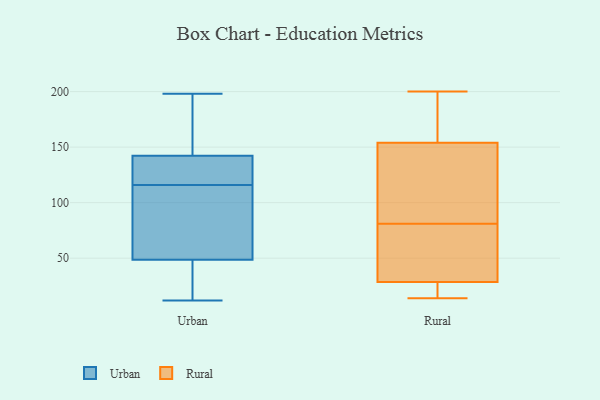
{"axis": {"x": "Satisfaction Score", "y": "Value"}, "legend": ["Rural", "Urban"], "data": [{"x": "", "y": 39, "type": "Urban"}, {"x": "", "y": 113, "type": "Urban"}, {"x": "", "y": 116, "type": "Urban"}, {"x": "", "y": 120, "type": "Urban"}, {"x": "", "y": 12, "type": "Urban"}, {"x": "", "y": 198, "type": "Urban"}, {"x": "", "y": 25, "type": "Urban"}, {"x": "", "y": 102, "type": "Urban"}, {"x": "", "y": 51, "type": "Urban"}, {"x": "", "y": 136, "type": "Urban"}, {"x": "", "y": 72, "type": "Urban"}, {"x": "", "y": 41, "type": "Urban"}, {"x": "", "y": 198, "type": "Urban"}, {"x": "", "y": 140, "type": "Urban"}, {"x": "", "y": 117, "type": "Urban"}, {"x": "", "y": 196, "type": "Urban"}, {"x": "", "y": 149, "type": "Urban"}, {"x": "", "y": 67, "type": "Rural"}, {"x": "", "y": 35, "type": "Rural"}, {"x": "", "y": 78, "type": "Rural"}, {"x": "", "y": 114, "type": "Rural"}, {"x": "", "y": 130, "type": "Rural"}, {"x": "", "y": 14, "type": "Rural"}, {"x": "", "y": 51, "type": "Rural"}, {"x": "", "y": 172, "type": "Rural"}, {"x": "", "y": 184, "type": "Rural"}, {"x": "", "y": 84, "type": "Rural"}, {"x": "", "y": 200, "type": "Rural"}, {"x": "", "y": 148, "type": "Rural"}, {"x": "", "y": 22, "type": "Rural"}, {"x": "", "y": 160, "type": "Rural"}, {"x": "", "y": 17, "type": "Rural"}, {"x": "", "y": 196, "type": "Rural"}, {"x": "", "y": 14, "type": "Rural"}, {"x": "", "y": 49, "type": "Rural"}, {"x": "", "y": 19, "type": "Rural"}, {"x": "", "y": 144, "type": "Rural"}]}